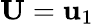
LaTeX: {\mathbf U}={\mathbf u}_{1}